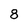
Character: 8